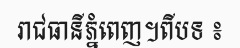
រាជធានីភ្នំពេញ។ពីបទ ៖